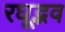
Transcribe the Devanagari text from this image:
रघूद्भव